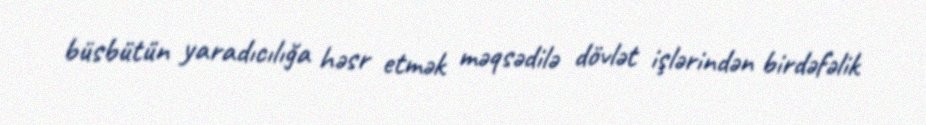
büsbütün yaradıcılığa həsr etmək məqsədilə dövlət işlərindən birdəfəlik